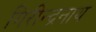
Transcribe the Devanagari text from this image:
गिरीन्द्रनाथ